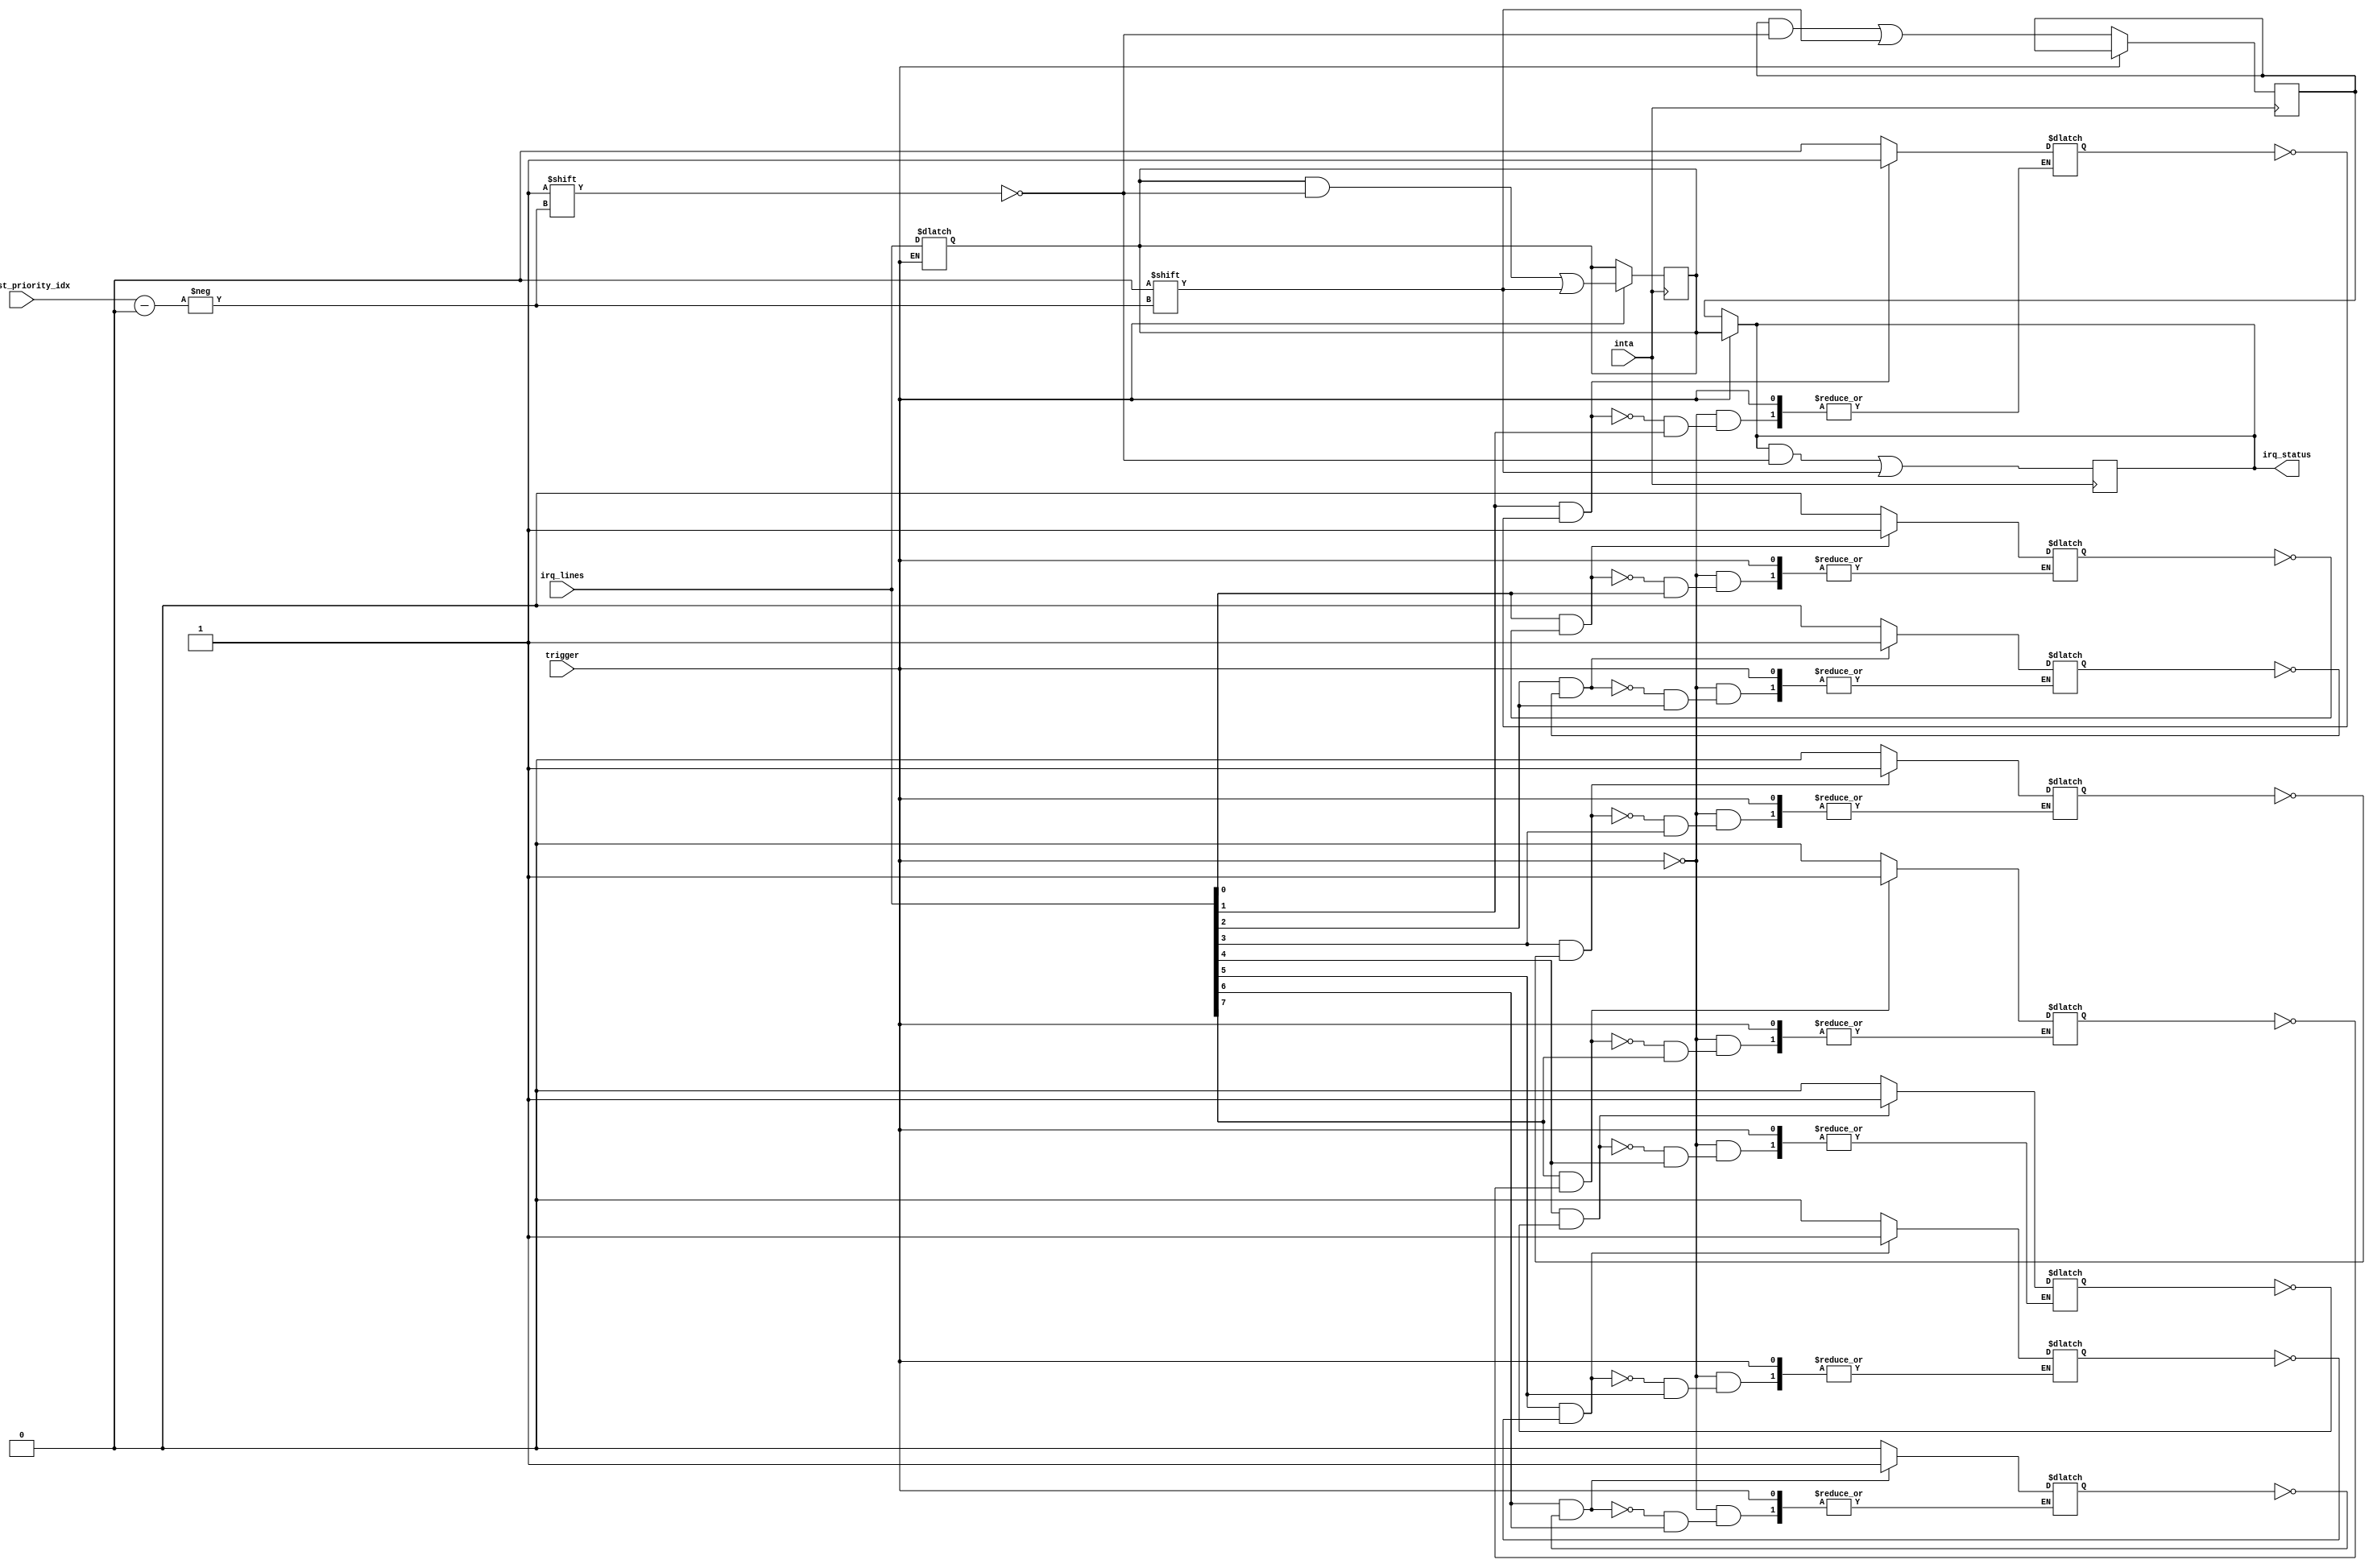
module IRQs (
  input wire [7:0] irq_lines,
  input wire trigger,
  input wire inta,
  input wire [2:0] highest_priority_idx,
  output reg [7:0] irq_status
);

  reg [7:0] edge_triggered_irqs = 8'b00000000;
  reg [7:0] level_triggered_irqs = 8'b00000000;
  always @* begin
    if (trigger == 0) begin
      // Edge-Triggered IRQs
      if (irq_lines[0] && ~edge_triggered_irqs[0])
        edge_triggered_irqs[0] <= 1;
      else if (~irq_lines[0])
        edge_triggered_irqs[0] <= 0;

      if (irq_lines[1] && ~edge_triggered_irqs[1])
        edge_triggered_irqs[1] <= 1;
      else if (~irq_lines[1])
        edge_triggered_irqs[1] <= 0;

      if (irq_lines[2] && ~edge_triggered_irqs[2])
        edge_triggered_irqs[2] <= 1;
      else if (~irq_lines[2])
        edge_triggered_irqs[2] <= 0;

      if (irq_lines[3] && ~edge_triggered_irqs[3])
        edge_triggered_irqs[3] <= 1;
      else if (~irq_lines[3])
        edge_triggered_irqs[3] <= 0;
        
      if (irq_lines[4] && ~edge_triggered_irqs[4])
        edge_triggered_irqs[4] <= 1;
      else if (~irq_lines[4])
        edge_triggered_irqs[4] <= 0;

      if (irq_lines[5] && ~edge_triggered_irqs[5])
        edge_triggered_irqs[5] <= 1;
      else if (~irq_lines[5])
        edge_triggered_irqs[5] <= 0;
        
      if (irq_lines[6] && ~edge_triggered_irqs[6])
        edge_triggered_irqs[6] <= 1;
      else if (~irq_lines[6])
        edge_triggered_irqs[6] <= 0;

      if (irq_lines[7] && ~edge_triggered_irqs[7])
        edge_triggered_irqs[7] <= 1;
      else if (~irq_lines[7])
        edge_triggered_irqs[7] <= 0;
    end
    else begin
      // Level-Triggered IRQs
      level_triggered_irqs <= irq_lines;
    end
  end

  always @* begin
    if (trigger == 0)
      irq_status = edge_triggered_irqs;
    else
      irq_status = level_triggered_irqs;
  end

  always @(posedge inta) begin  // Assuming INTA signal 'inta'
    if (inta) begin
      // Acknowledge the IRQ
      if (trigger == 0) begin
        edge_triggered_irqs[highest_priority_idx] <= 0;
        irq_status [highest_priority_idx] <= 0;
      end
      else begin
        level_triggered_irqs [highest_priority_idx] <= 0;
        irq_status [highest_priority_idx] <= 0;
      end
    end
  end
endmodule